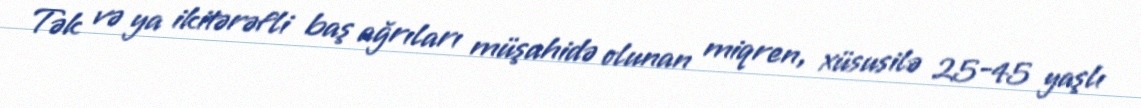
Tək və ya ikitərəfli baş ağrıları müşahidə olunan miqren, xüsusilə 25-45 yaşlı